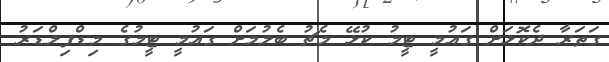
ގަތަރާ ދެކޮޅަށް ގައުމީ ޓީމު ކުޅޭ މެޗު ބެލުމަށް ގައުމީ ޓީމުގެ މިޑްފިލްޑަރު